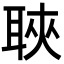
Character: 聗